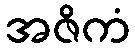
အဇိကံ